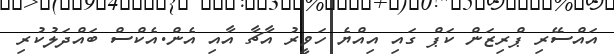
އައްސޭރި ޕްރިޒަން ކަޕް ގައި އިއްޔެ ހަވީރު އާޗާ އާއި އެން.އެކްސް ބައްދަލުކުރި